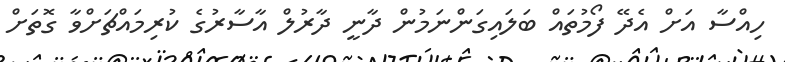
ހިއްސާ އަށް އެދޭ ފޯމުތައް ބަލައިގަންނަމުން ދާނީ ދާރުލް އާސާރުގެ ކުރިމައްޗަށްވާ ގޮތަށް